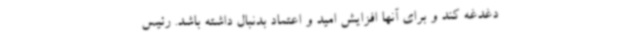
دغدغه کند و برای آنها افزایش امید و اعتماد بدنبال داشته باشد. رئیس